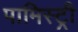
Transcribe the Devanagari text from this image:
पामिस्ट्री